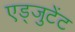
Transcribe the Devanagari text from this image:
एड्जुटेंट